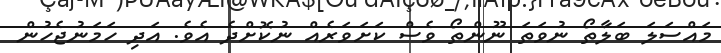
މައްސަލަ ބަލާތޯ ނުވަތަ ނޫންތޯ ވެސް ކަށަވަރެއް ނުކޮށްދެ އެވެ. އަދި ހަމަނުޖެހުން